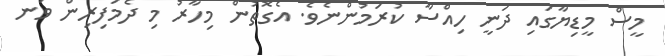
މީސް މީޑިޔާގައި ދަނީ ހިއްސާ ކުރަމުންނެވެ. އެގޮތުން މިހާރު މި ދެމަފިރިން ވަނ